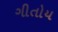
ગીતોય